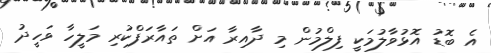
އެ ބޮޑު އޮޅުވާލުމަކީ ފިލްމުން މި ދާއިރާ އަށް ތައާރަފްކުރި މަލީހާ ވަހީދު